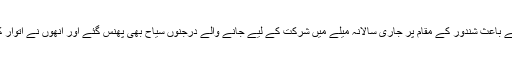
شاہدس نالے میں شدید طغیانی کے باعث شندور کے مقام پر جاری سالانہ میلے میں شرکت کے لیے جانے والے درجنوں سیاح بھی پھنس گئے اور انھوں نے اتوار کی شب اپنی گاڑیوں میں گزاری۔